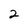
Character: 2